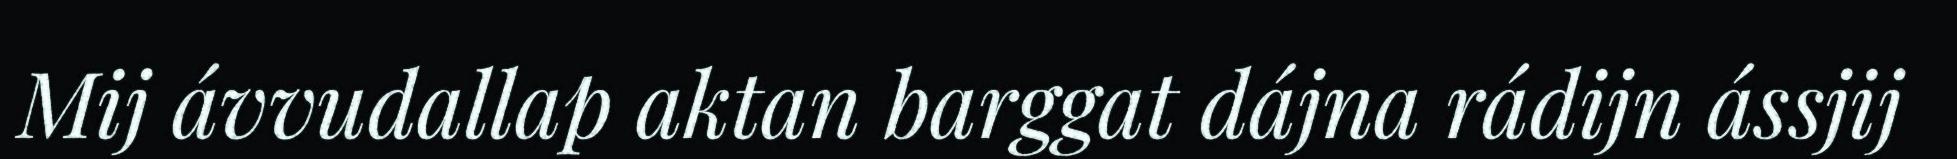
Mij ávvudallap aktan barggat dájna rádijn ássjij